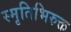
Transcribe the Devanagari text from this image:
स्मृतिभिरुक्त